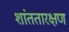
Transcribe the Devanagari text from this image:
शांततारक्षण